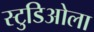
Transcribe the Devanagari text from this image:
स्टुडिओला